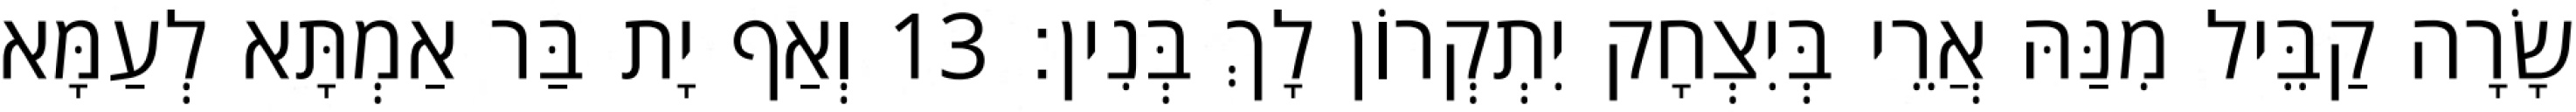
שָׂרָה קַבֵּיל מִנַּהּ אֲרֵי בְּיִצְחָק יִתְקְרוֹן לָךְ בְּנִין׃ 13 וְאַף יָת בַּר אַמְתָּא לְעַמָּא